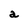
Character: a